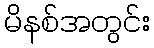
မိနစ်အတွင်း